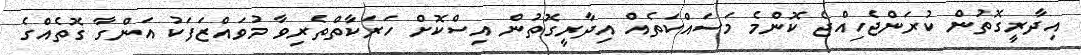
އިދާރީގޮތުން ކުރަންޖެހިއްޖެ ކޮންމެ މަސައްކަތެއް އިދާރީގޮތުން އިސްކޮށް ހަރަކާތްތެރިވާ މުވައްޒަފަކު އަންގާ ގޮތެއްގެ